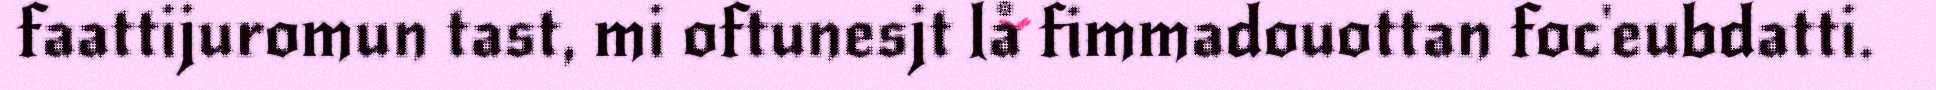
faattijuromun tast, mi oftunesjt lå fimmadouottan foc'eubdatti.